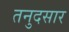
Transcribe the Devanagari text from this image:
तनुदसार